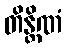
တိန္တိဏံ